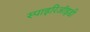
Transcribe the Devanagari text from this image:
स्पाइरिऑइडी